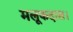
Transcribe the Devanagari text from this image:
मलूकदास।